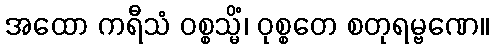
အထော ကရီသံ ဝစ္စသ္မိံ၊ ဝုစ္စတေ စတုရမ္ဗဏေ။